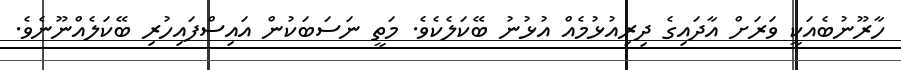
ހާރޫނުބެއަކީ ވަރަށް އާދައިގެ ދިރިއުޅުމެއް އުޅުނު ބޭކަލެކެވެ. މަތީ ނަސަބަކުން އައިސްފައިހުރި ބޭކަލެއްނޫނެވެ.